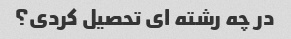
در چه رشته ای تحصیل کردی؟